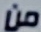
من